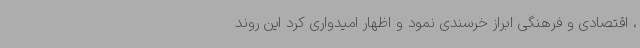
، اقتصادی و فرهنگی ابراز خرسندی نمود و اظهار امیدواری کرد این روند